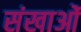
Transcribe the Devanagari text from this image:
संखाओं